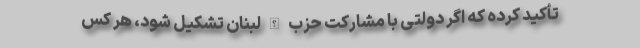
تأکید کرده که اگر دولتی با مشارکت حزب الله لبنان تشکیل شود، هر کس